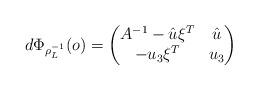
LaTeX: \begin{align*}d\Phi_{\rho_L^{-1}}(o) = \begin{pmatrix} A^{-1}-\hat u\xi^T & \hat u\\ -u_3\xi^T & u_3\end{pmatrix}\end{align*}